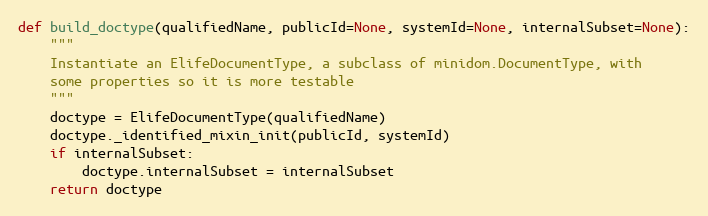
Language: Python
def build_doctype(qualifiedName, publicId=None, systemId=None, internalSubset=None):
    """
    Instantiate an ElifeDocumentType, a subclass of minidom.DocumentType, with
    some properties so it is more testable
    """
    doctype = ElifeDocumentType(qualifiedName)
    doctype._identified_mixin_init(publicId, systemId)
    if internalSubset:
        doctype.internalSubset = internalSubset
    return doctype